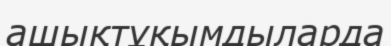
ашықтұқымдыларда